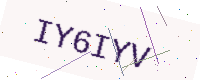
Text: IY6IYV